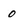
Character: 0